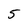
Character: 5